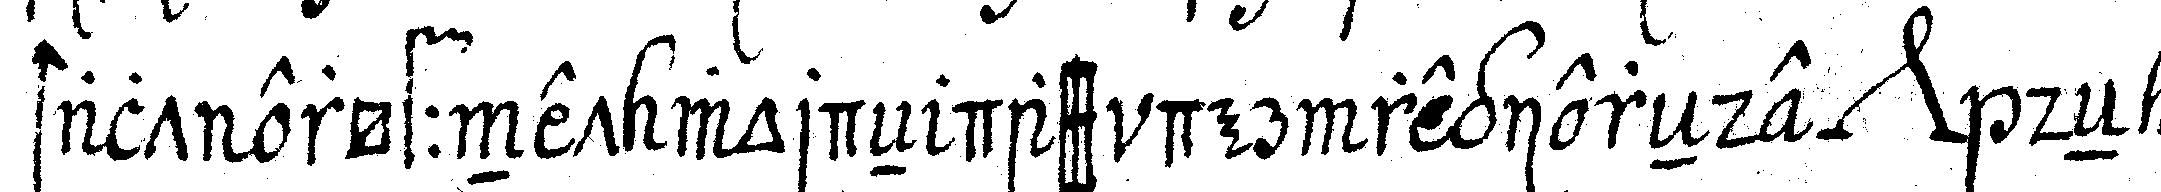
stalt eröffnet wordeN dass der regiereNde *nee* deN